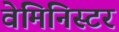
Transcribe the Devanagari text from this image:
वेमिनिस्टर